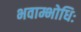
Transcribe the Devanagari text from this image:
भवाम्भोधिः